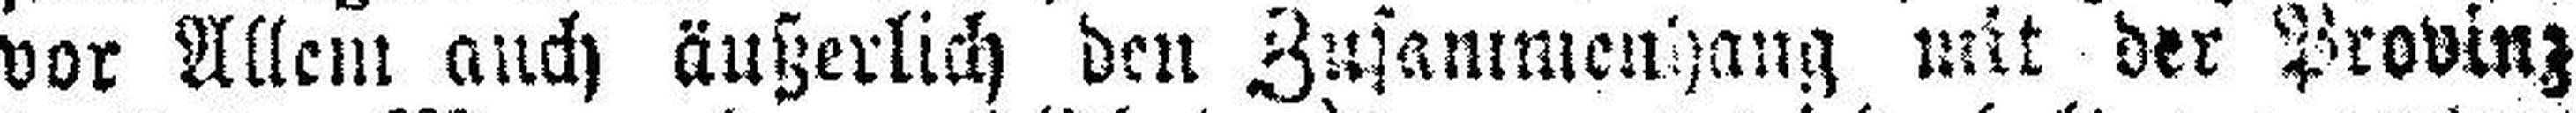
vor Allem auch äußerlich den Zusammenhang mit der Provinz